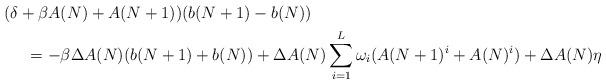
LaTeX: \begin{align*}& (\delta +\beta A(N)+A(N+1))(b(N+1)-b(N)) \\&\ \ \ \ =-\beta \Delta A(N)(b(N+1)+b(N))+\Delta A(N) \sum_{i=1}^L \omega_{i} (A(N+1)^i+A(N)^i)+\Delta A(N) \eta\end{align*}